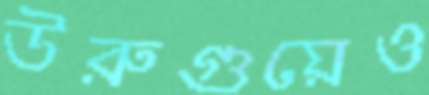
উরুগুয়েও